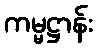
ကမ္မဋ္ဌာန်း